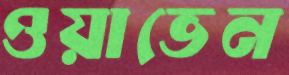
ওয়াভেন